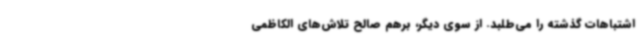
اشتباهات گذشته را می‌طلبد. از سوی دیگر، برهم صالح تلاش‌های الکاظمی